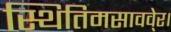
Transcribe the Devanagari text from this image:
स्थितिमसाववे्र।